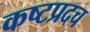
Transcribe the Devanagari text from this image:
कष्टप्रदच